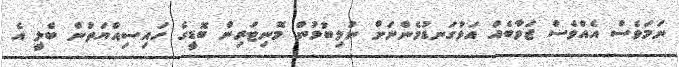
ނަމަވެސް އެއްވެސް ޖަވާބެއް އަޅުގަނޑުމެންނަށް ނުލިބުމުން މޮނިޓަރިން ބޮޑީގެ ހައިސިއްޔަތުން ބެލީ އެ